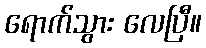
ရောက်သွား လေပြီ။